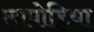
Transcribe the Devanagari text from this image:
लापोड़िया